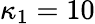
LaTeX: \kappa_{1}=10